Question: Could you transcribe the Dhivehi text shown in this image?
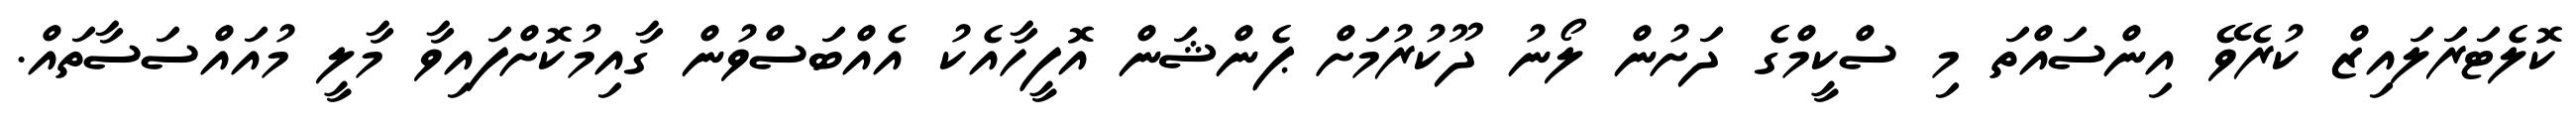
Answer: ކޮލެޓަރަލައިޒް ކުރެވޭ އިންސައްތަ މި ސްކީމްގެ ދަށުން ލޯނު ދޫކުރުމަށް ޕެންޝަން އޮފީހާއެކު އެއްބަސްވުން ގާއިމުކޮށްފައިވާ މާލީ މުއައްސަސާތައް.